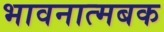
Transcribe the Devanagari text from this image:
भावनात्मबक